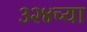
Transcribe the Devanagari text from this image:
३२४च्या